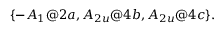
\{ - A _ { 1 } @ 2 a , A _ { 2 u } @ 4 b , A _ { 2 u } @ 4 c \} .